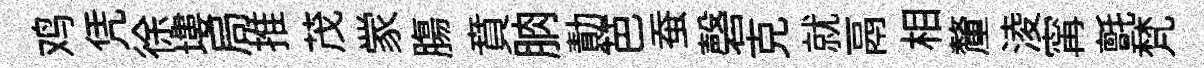
鸡凭徐塿局推茂䝉膓賁朒勣芭蚕磬克就鬲相釐淩𡩋氈梵